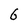
Character: 6